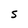
Character: S